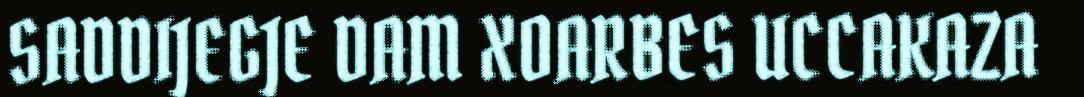
SADDIJEGJE DAM XOARBES UCCAKAZA